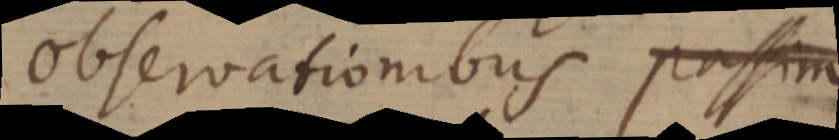
observationibus passim